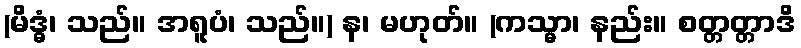
(မိဒ္ဓံ၊ သည်။ အရူပံ၊ သည်။) န၊ မဟုတ်။ (ကသ္မာ၊ နည်း။ စတ္တတ္တာဒိ